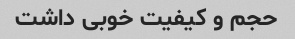
حجم و کیفیت خوبی داشت